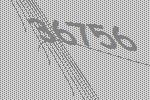
36756